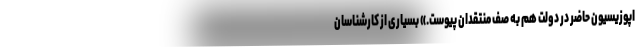
اپوزیسیون حاضر در دولت هم به صف منتقدان پیوست.» بسیاری از کارشناسان